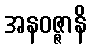
အနဝဇ္ဇာနိ